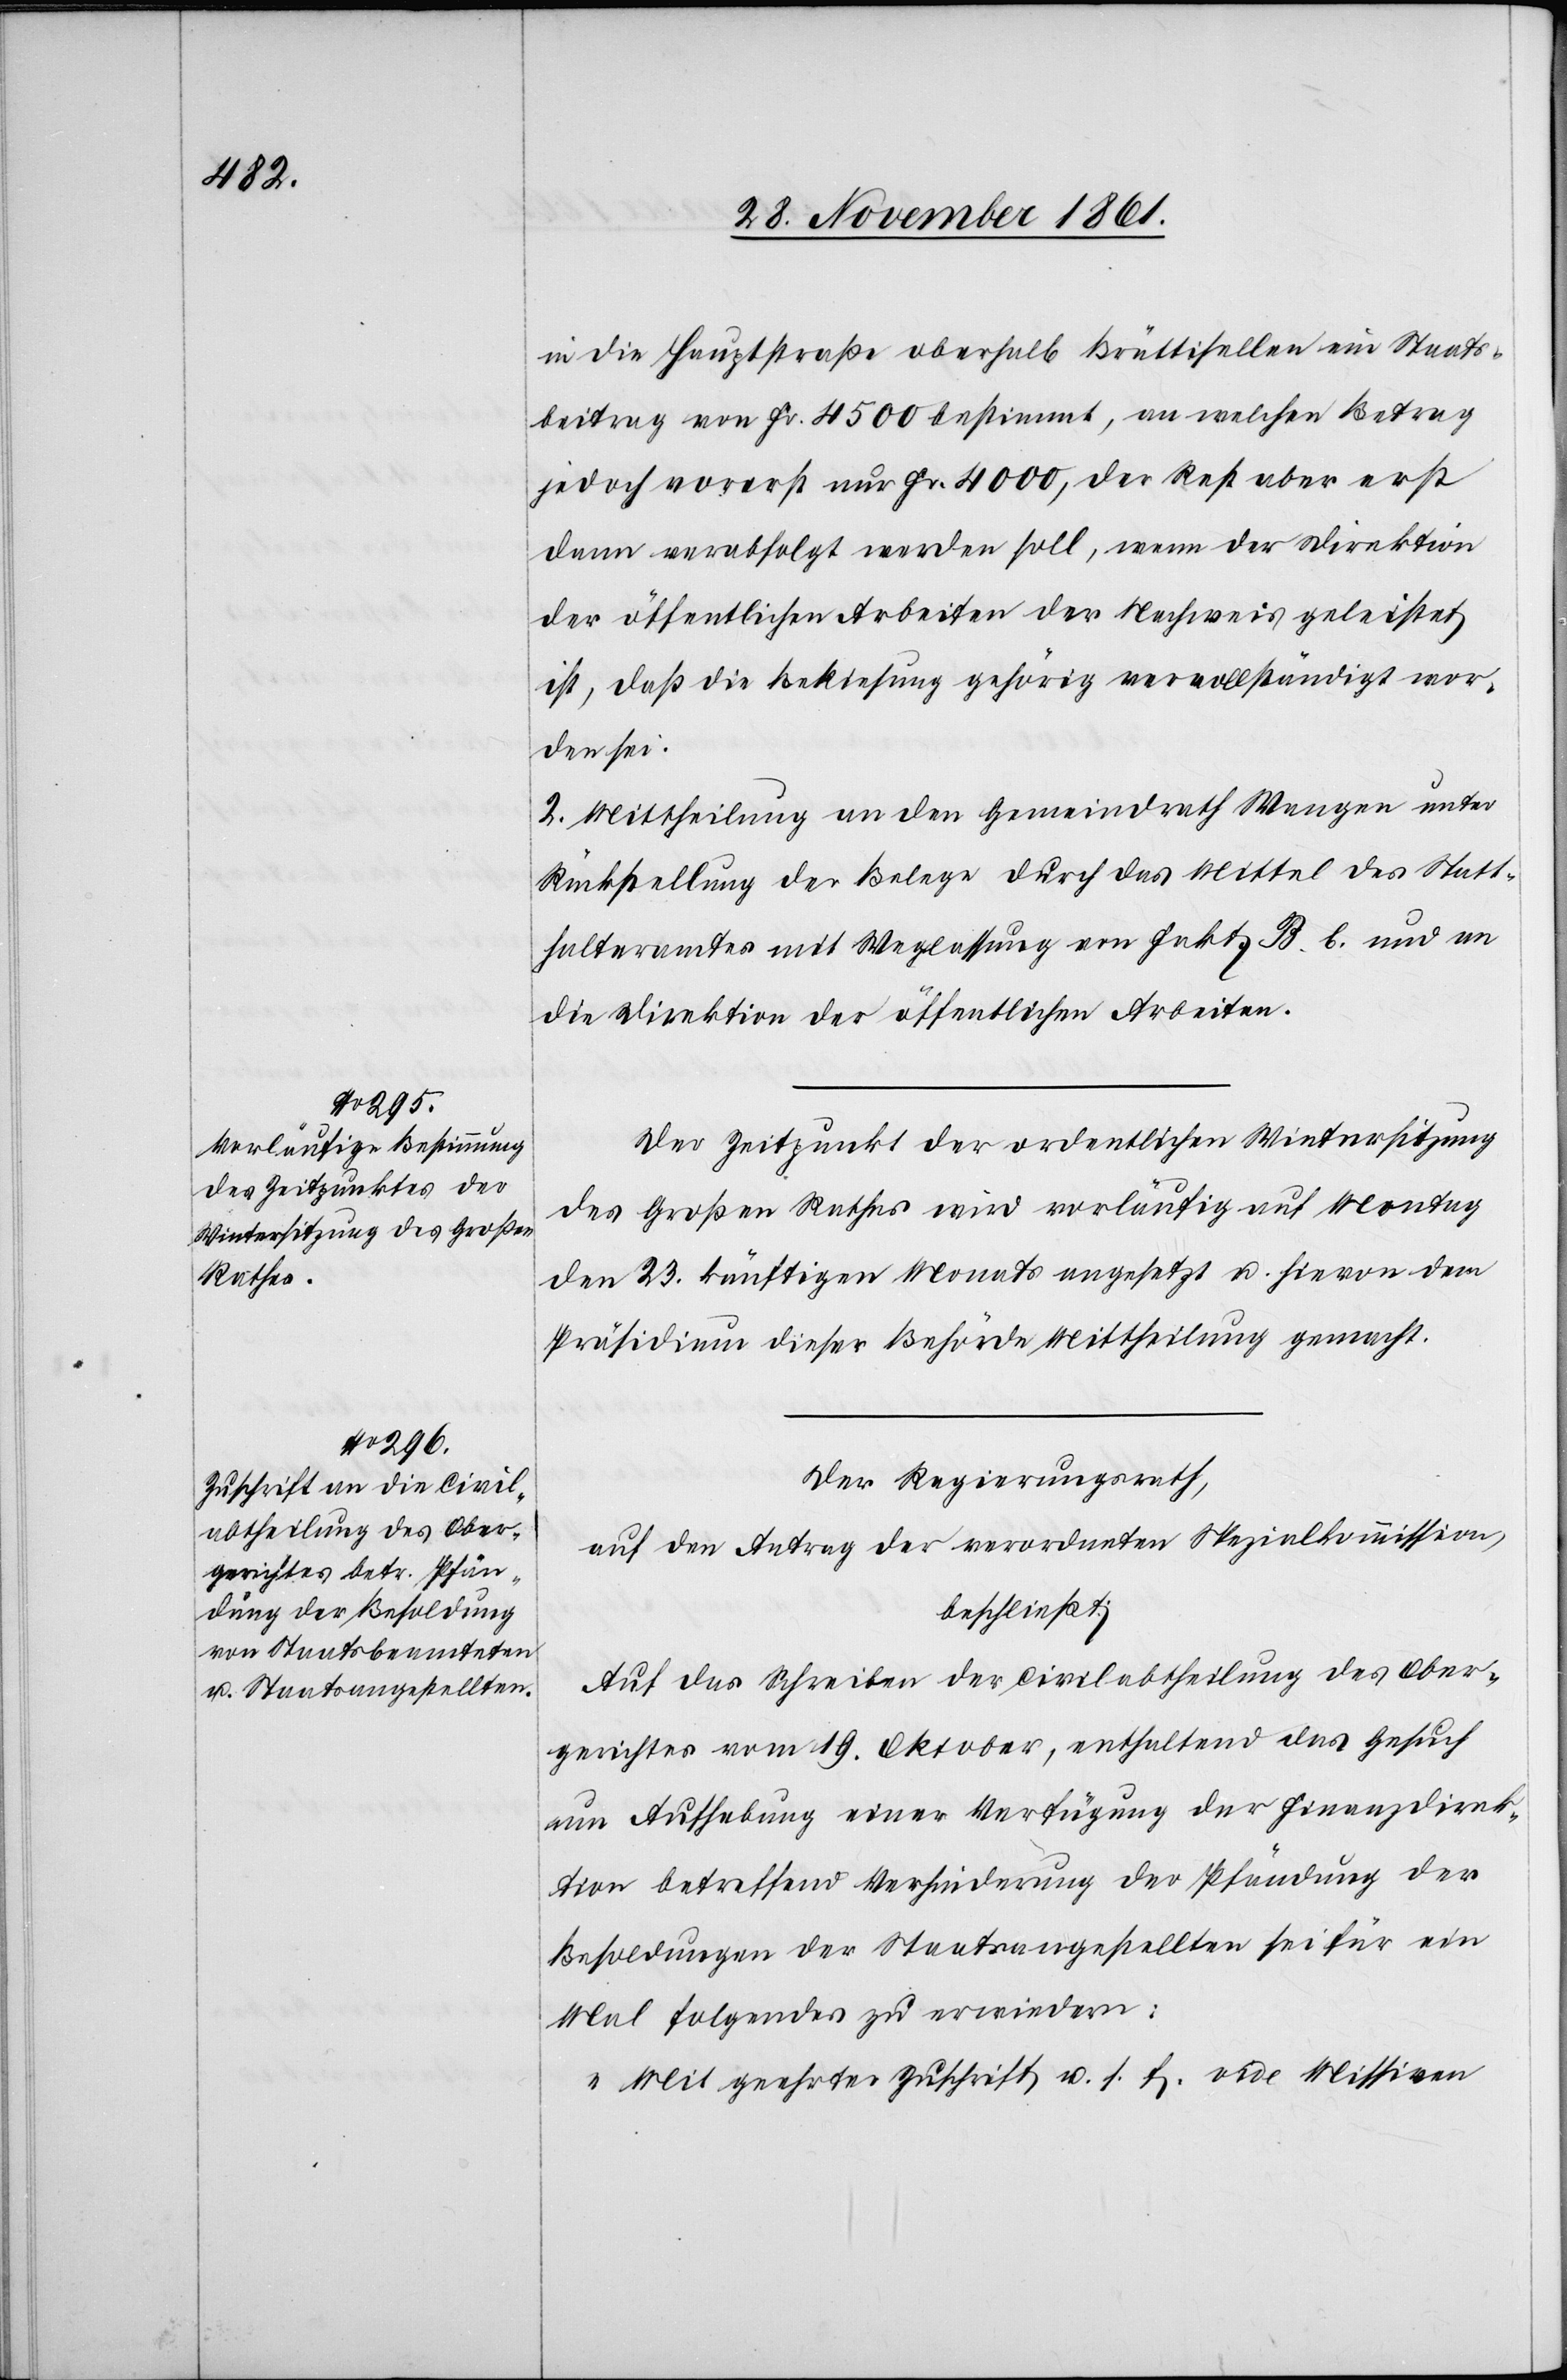
in die Hauptstraße oberhalb Brüttisellen ein Staats¬
beitrag von Fr. 4500 bestimmt, an welchen Betrag
jedoch vorerst nur Fr. 4000, der Rest aber erst
dann verabfolgt werden soll, wenn der Direktion
der öffentlichen Arbeiten der Nachweis geleistet
ist, daß die Bekiesung gehörig vervollständigt wor¬
den sei.
2. Mittheilung an den Gemeindrath Wangen unter
Rückstellung der Belege durch das Mittel des Statt¬
halteramtes mit Weglassung von Fakt. B. b. und an
die Direktion der öffentlichen Arbeiten.
Der Zeitpunkt der ordentlichen Wintersitzung
des Großen Rathes wird vorläufig auf Montag
den 23 künftigen Monats angesetzt u. hievon dem
Präsidium dieser Behörde Mittheilung gemacht.
Der Regierungsrath,
auf den Antrag der verordneten Spezialkommission,
beschließt:
Auf das Schreiben der Civilabtheilung des Ober¬
gerichtes vom 19 Oktober, enthaltend das Gesuch
um Aufhebung einer Verfügung der Finanzdirek¬
tion betreffend Verhinderung der Pfändung der
Besoldungen der Staatsangestellten sei für ein
Mal folgendes zu erwiedern:
„Mit geehrter Zuschrift u. s. f.[“] vide Missiven